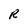
Character: R